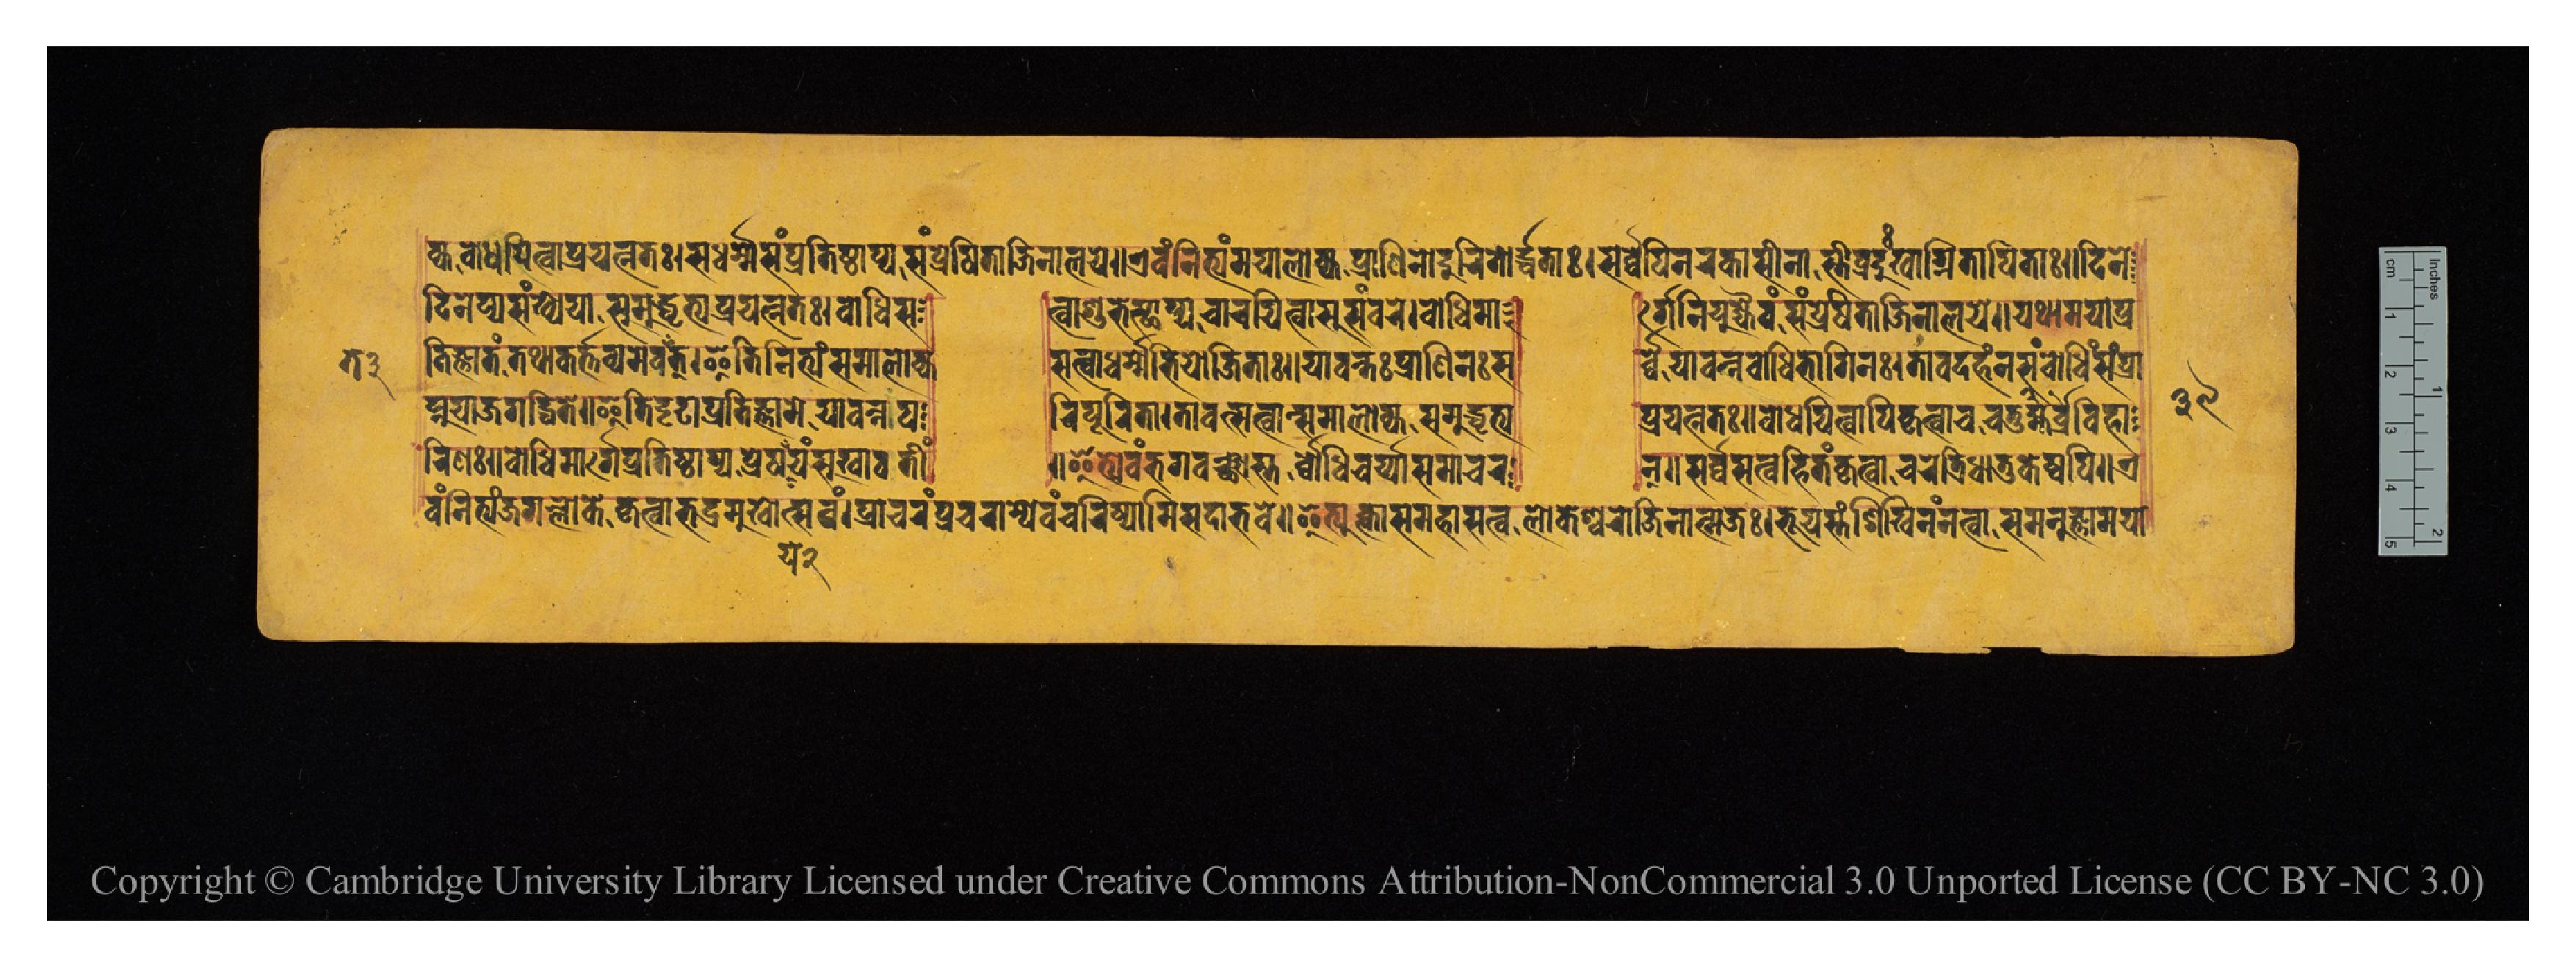
𑐎𑑂𑐫𑐧𑑀𑐢𑐶𑐫𑐶𑐟𑑂𑐰𑐵𑐥𑑂𑐬𑐫𑐟𑑂𑐣𑐟𑑅𑑋𑐳𑐢𑐬𑑂𑐩𑐾𑐳𑑄𑐥𑑂𑐬𑐟𑐶𑐲𑑂𑐛𑐵𑐥𑑂𑐫𑐳𑑄𑐥𑑂𑐬𑐾𑐲𑐶𑐟𑐵𑐖𑐶𑐣𑐵𑐮𑐫𑐾𑑌𑐊𑐰𑑄𑐣𑐶𑐟𑑂𑐫𑑄𑐩𑐫𑐵𑐮𑑀𑐎𑑂𑐫𑐥𑑂𑐬𑐵𑐞𑐶𑐣𑑀𑐡𑐸𑐬𑐶𑐟𑑀𑐬𑑂𑐡𑑂𑐢𑐟𑐵𑑅𑑋𑐳𑐬𑑂𑐰𑑂𑐰𑐾𑐥𑐶𑐣𑐬𑐎𑐵𑐳𑐷𑐣𑐵𑐳𑑂𑐟𑐷𑐰𑑂𑐬𑐡𑐸𑑅𑐏𑐵𑐐𑑂𑐣𑐶𑐟𑐵𑐥𑐶𑐟𑐵𑑅𑑌𑐡𑐶𑐣𑐾 𑐡𑐶𑐣𑐾𑐥𑑂𑐫𑐳𑑄𑐏𑑂𑐫𑐾𑐫𑐵𑐳𑐩𑐸𑐡𑑂𑐢𑐺𑐟𑑂𑐫𑐥𑑂𑐬𑐫𑐟𑑂𑐣𑐟𑑅𑑋𑐧𑑀𑐢𑐶𑐳  𑐟𑑂𑐰𑐵𑐱𑐸𑐨𑐾𑐳𑑂𑐠𑐵𑐥𑑂𑐫𑐔𑐵𑐬𑐫𑐶𑐟𑑂𑐰𑐵𑐳𑐸𑐳𑑄𑐰𑐬𑐾𑑋𑐧𑑀𑐢𑐶𑐩𑐵  𑐬𑑂𑐐𑐾𑐣𑐶𑐫𑐸𑐖𑑂𑐫𑐿𑐰𑑄𑐳𑑄𑐥𑑂𑐬𑐾𑐲𑐶𑐟𑐵𑐖𑐶𑐣𑐵𑐮𑐫𑐾𑑌𑐫𑐠𑐵𑐩𑐫𑐵𑐥𑑂𑐬 𑐟𑐶𑐖𑑂𑐘𑐵𑐟𑑄𑐟𑐠𑐵𑐎𑐬𑑂𑐟𑑂𑐟𑐰𑑂𑐫𑐩𑐾𑐰𑐟𑐟𑑂𑑋𑐂𑐟𑐶𑐣𑐶𑐟𑑂𑐫𑑄𑐳𑐩𑐵𑐮𑑀𑐎𑑂𑐫  𑐳𑐟𑑂𑐰𑐵𑐢𑐬𑑂𑐩𑐾𑐨𑐶𑐫𑑀𑐖𑐶𑐟𑐵𑑅𑑌𑐫𑐵𑐰𑐣𑑂𑐟𑑅𑐥𑑂𑐬𑐵𑐞𑐶𑐣𑑅𑐳  𑐬𑑂𑐰𑑂𑐰𑐾𑐫𑐵𑐰𑐣𑑂𑐣𑐧𑑀𑐢𑐶𑐨𑐵𑐐𑐶𑐣𑑅𑑋𑐟𑐵𑐰𑐡𑐴𑑄𑐣𑐳𑑄𑐧𑑀𑐢𑐶𑑄𑐳𑑄𑐥𑑂𑐬𑐵 𑐥𑑂𑐣𑐸𑐫𑐵𑑄𑐖𑐐𑐡𑑂𑐢𑐶𑐟𑐾𑑌𑐂𑐟𑐶𑐡𑐺𑐝𑐵𑐥𑑂𑐬𑐟𑐶𑐖𑑂𑐘𑐵𑐩𑐾𑐫𑐵𑐰𑐣𑑂𑐣𑐥  𑐬𑐶𑐥𑐹𑐬𑐶𑐟𑐵𑑋𑐟𑐵𑐰𑐟𑑂𑐳𑐟𑑂𑐰𑐵𑐣𑑂𑐳𑐩𑐵𑐮𑑀𑐎𑑂𑐫𑐳𑐩𑐸𑐡𑑂𑐢𑐺𑐟𑑂𑐫  𑐥𑑂𑐬𑐫𑐟𑑂𑐣𑐟𑑅𑑌𑐧𑑀𑐢𑐫𑐶𑐟𑑂𑐰𑐵𑐥𑐶𑐎𑐺𑐟𑑂𑐰𑐵𑐔𑐔𑐟𑐸𑐬𑑂𑐧𑑂𑐬𑐴𑑂𑐩𑐰𑐶𑐴𑐵 𑐬𑐶𑐞𑑅𑑌𑐧𑑀𑐢𑐶𑐩𑐵𑐬𑑂𑐐𑐾𑐥𑑂𑐬𑐟𑐶𑐲𑑂𑐛𑐵𑐥𑑂𑐫𑐥𑑂𑐬𑐾𑐲𑐫𑐾𑐫𑑄𑐳𑐸𑐏𑐵𑐰𑐟𑐷𑑄  𑑌𑐂𑐟𑑂𑐫𑐾𑐰𑑄𑐨𑐐𑐰𑐘𑑂𑐔𑑂𑐕𑐵𑐳𑑂𑐟𑐾𑐧𑑀𑐢𑐶𑐔𑐬𑑂𑐫𑐵𑑄𑐳𑐩𑐵𑐔  𑐬𑐣𑑂𑑌𑐳𑐬𑑂𑐰𑑂𑐰𑐳𑐟𑑂𑐰𑐴𑐶𑐟𑑄𑐎𑐺𑐟𑑂𑐰𑐵𑐔𑐬𑐾𑐟𑑂𑐬𑐶𑐢𑐵𑐟𑐸𑐎𑐾𑐲𑑂𑐰𑐥𑐶𑑌𑐊 𑐰𑑄𑐣𑐶𑐟𑑂𑐫𑑄𑐖𑐐𑐮𑑂𑐮𑑀𑐎𑐶𑐀𑐎𑐺𑐟𑑂𑐰𑐵𑐨𑐡𑑂𑐬𑐳𑐸𑐏𑑀𑐟𑑂𑐳𑐰𑑄𑑋𑐥𑑂𑐬𑐔𑐬𑑄𑐥𑑂𑐬𑐔𑐬𑐵𑐩𑑂𑐫𑐾𑐰𑐘𑑂𑐔𑐬𑐶𑐲𑑂𑐫𑐵𑐩𑐶𑐳𑐡𑐵𑐨𑐰𑐾𑑌𑐂𑐟𑑂𑐫𑐸𑐎𑑂𑐟𑑂𑐰𑐵𑐳𑐩𑐴𑐵𑐳𑐟𑑂𑐰𑑀𑐮𑑀𑐎𑐾𑐱𑑂𑐰𑐬𑑀𑐖𑐶𑐣𑐵𑐟𑑂𑐩𑐖𑑅𑑋𑐨𑐹𑐫𑐳𑑂𑐟𑑄𑐱𑐶𑐏𑐶𑐣𑑄𑐣𑐟𑑂𑐰𑐵𑐳𑐩𑐣𑐸𑐖𑑂𑐘𑐵𑐩𑐫𑐵 𑑓𑑙